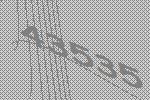
43535